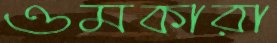
ওমকারা